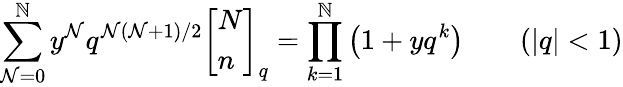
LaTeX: \sum_{\mathcal{N}=0}^{\mathbb{N}}y^{\mathcal{N}}q^{\mathcal{N}(\mathcal{N}+1)/2}{\left[\begin{array}{l}{N}\\ {n}\end{array}\right]}_{q}=\prod_{k=1}^{\mathbb{N}}\left(1+yq^{k}\right)\qquad(|q|<1)